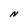
Character: N